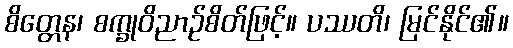
စိတ္တေန၊ စက္ခုဝိညာဉ်စိတ်ဖြင့်။ ပဿတိ၊ မြင်နိုင်၏။